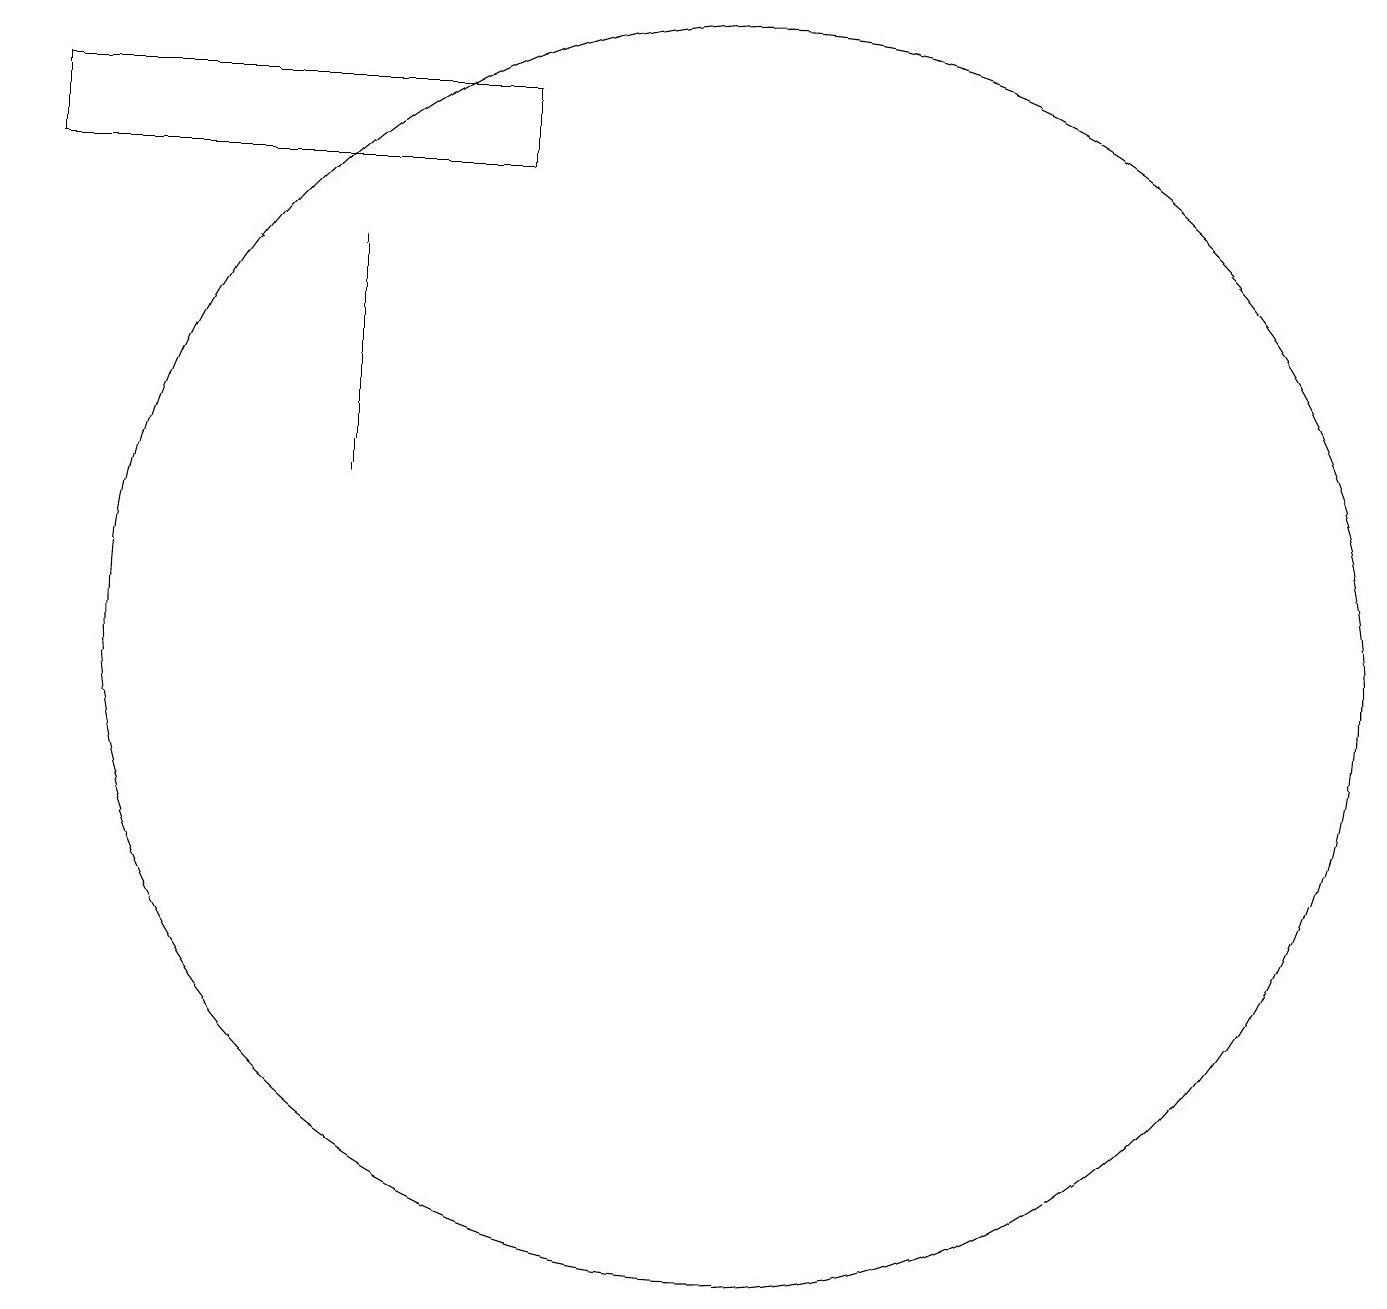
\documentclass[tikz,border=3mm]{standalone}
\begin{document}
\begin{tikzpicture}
\draw (7,16) rectangle (1,17);
\draw (10,10) circle (8);
\draw (5,15) rectangle (5,12);
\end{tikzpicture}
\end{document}